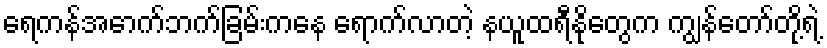
ရေကန်အောက်ဘက်ခြမ်းကနေ ရောက်လာတဲ့ နယူထရီနိုတွေက ကျွန်တော်တို့ရဲ့